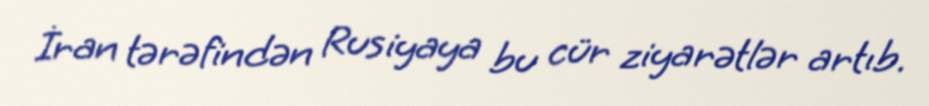
İran tərəfindən Rusiyaya bu cür ziyarətlər artıb.